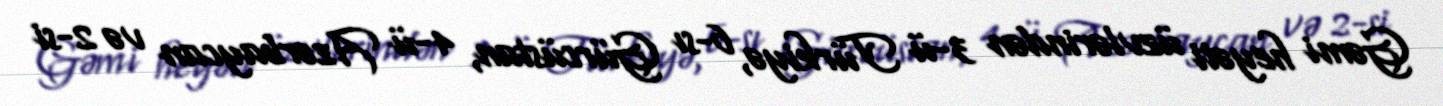
Gəmi heyəti üzvlərindən 3-ü Türkiyə, 6-sı Gürcüstan, 4-ü Azərbaycan və 2-si